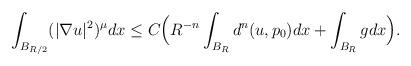
LaTeX: \begin{align*}\begin{aligned}\int_{B_{R/2}}(|\nabla u|^{2})^{\mu}dx & \le C\Big(R^{-n}\int_{B_{R}}d^{n}(u,p_{0})dx+\int_{B_{R}}gdx\Big).\end{aligned}\end{align*}